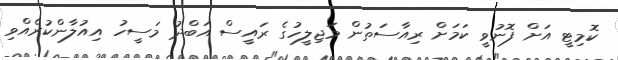
ކޮމިޓީ އަށް ފޮނުވީ ކަމަށް ރިއާސަތުން މަޖިލީހުގެ ރައީސް އަބްދު މަސީހު އިއުލާންކުރެއްވި